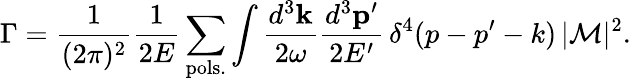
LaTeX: \Gamma=\frac{1}{(2\pi)^{2}}\frac{1}{2E}\sum_{\mathrm{pols.}}\int\frac{d^{3}{\mathbf k}}{2\omega}\frac{d^{3}{\mathbf p}^{\prime}}{2E^{\prime}}\, \delta^{4}(p-p^{\prime}-k)\, |{\cal M}|^{2}.